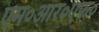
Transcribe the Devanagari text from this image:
एम०आर०एफ०